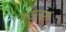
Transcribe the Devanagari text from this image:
परमादर्श